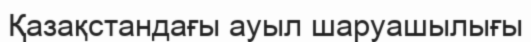
Қазақстандағы ауыл шаруашылығы